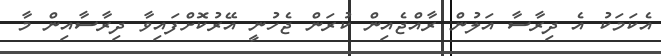
އެކަމަކު އެ ދިރާސާ އަލުން ރާއްޖެއިން ކުރަން ޖެހުނީ އޭރުކޮށްފައިވާ ދިރާސާއިން މާ